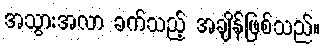
အသွားအလာ ခက်သည့် အချိန်ဖြစ်သည်။